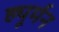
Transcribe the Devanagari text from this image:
ह्यूर्मन